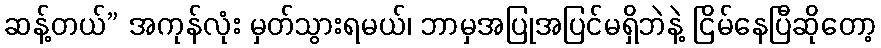
ဆန့်တယ်” အကုန်လုံး မှတ်သွားရမယ်၊ ဘာမှအပြုအပြင်မရှိဘဲနဲ့ ငြိမ်နေပြီဆိုတော့